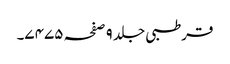
قرطبی جلد ٩ صفحہ ٧٤٧٥۔